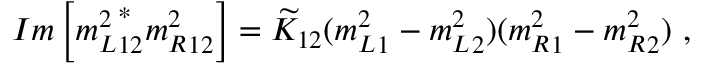
I m \left[ { m _ { L } ^ { 2 } } _ { 1 2 } ^ { * } { m _ { R } ^ { 2 } } _ { 1 2 } \right] = \widetilde { K } _ { 1 2 } ( { m _ { L } ^ { 2 } } _ { 1 } - { m _ { L } ^ { 2 } } _ { 2 } ) ( { m _ { R } ^ { 2 } } _ { 1 } - { m _ { R } ^ { 2 } } _ { 2 } ) \ ,